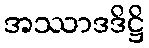
အဿာဒဒိဋ္ဌိ